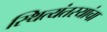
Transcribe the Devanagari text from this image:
स्थित्यंतरयांचा